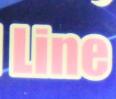
line